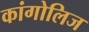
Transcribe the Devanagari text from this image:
कांगोलिज